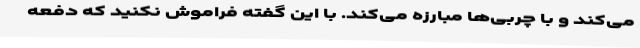
می‌کند و با چربی‌ها مبارزه می‌کند. با این گفته فراموش نکنید که دفعه